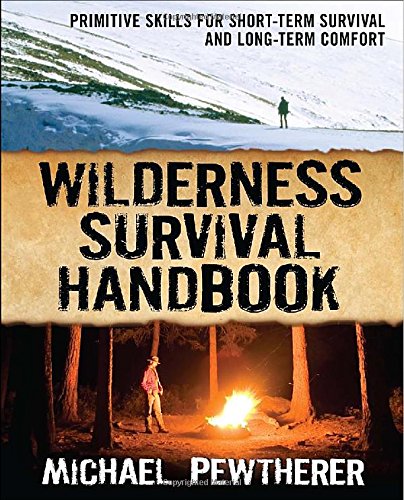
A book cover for Wilderness Survival Handbook: Primitive Skills for Short-Term Survival and Long-Term Comfort; Michael Pewtherer; Sports & Outdoors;